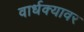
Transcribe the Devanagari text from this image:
वार्धक्यावर